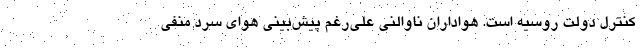
کنترل دولت روسیه است. هواداران ناوالنی علی‌رغم پیش‌بینی هوای سرد منفی